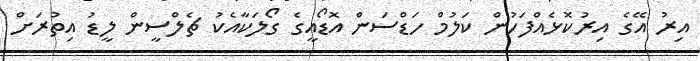
އިރު އޭގެ އިރުކޮޅެއްފަހުން ކަލުމް ހަޑްސަން އޮޑޯއީގެ ގޯލަކާއެކު ޗެލްސީން ލީޑު އިތުރަށް